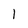
Character: 1